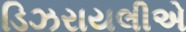
ડિઝરાયલીએ